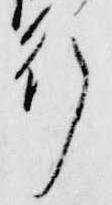
行